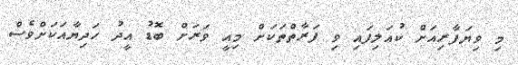
މި ވިޔަފާރިއަށް ކުއަލިފައި ވި ފަރާތްތަކަށް މިއީ ވަރަށް ބޮޑު އީދު ހަދިޔާއަކަށްވެސް